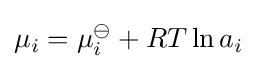
\mu _{i}=\mu _{i}^{\ominus }+RT\ln {a_{i}}